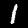
Digit: 1